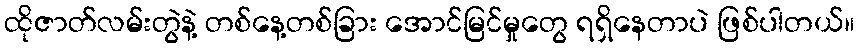
ထိုဇာတ်လမ်းတွဲနဲ့ တစ်နေ့တစ်ခြား အောင်မြင်မှုတွေ ရရှိနေတာပဲ ဖြစ်ပါတယ်။